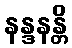
နန္ဒနန္တိ